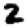
Digit: 2